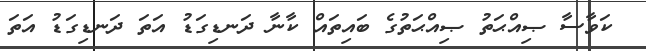
ކަވާސާ ޞިއްޙަތު ޞިއްޙަތުގެ ބައިތައް ކާނާ ދަނޑިގަޑު އަތަ ދަނޑިގަޑު އަތަ